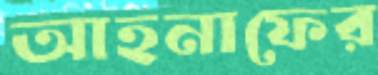
আহনাফের